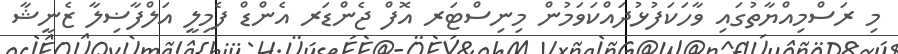
މި ރަސްމިއްޔާތުގައި ވާހަކަފުޅުދައްކަވަމުން މިނިސްޓަރ އޮފް ޖެންޑަރ އެންޑް ފެމިލީ އަލްފާޟިލާ ޒެނީޝާ